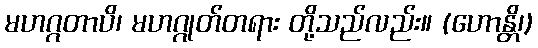
မဟဂ္ဂတာပိ၊ မဟဂ္ဂုတ်တရား တို့သည်လည်း။ (ဟောန္တိ၊)